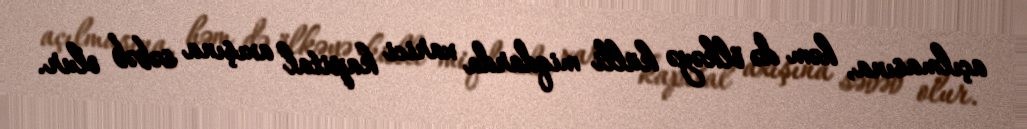
açılmasına, həm də ölkəyə külli miqdarda xarici kapital axışına səbəb olur.